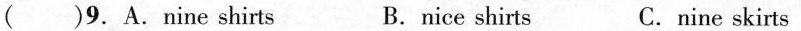
( )9.A.nine shirts B.nice shirts C.nine skirts